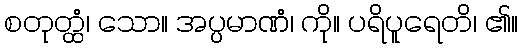
စတုတ္ထံ၊ သော။ အပ္ပမာဏံ၊ ကို။ ပရိပူရေတိ၊ ၏။